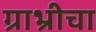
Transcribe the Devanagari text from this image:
ग्राभ्रीचा